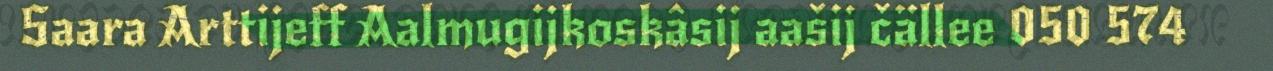
Saara Arttijeff Aalmugijkoskâsij aašij čällee 050 574